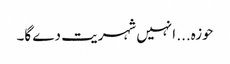
حوزہ... انہیں شہریت دے گا۔